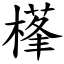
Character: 樥